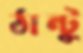
ঠান্টু